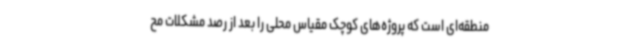
منطقه‌ای است که پروژه‌های کوچک مقیاس محلی را بعد از رصد مشکلات مح